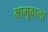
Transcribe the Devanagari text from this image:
भागूवाला